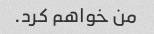
من خواهم کرد.